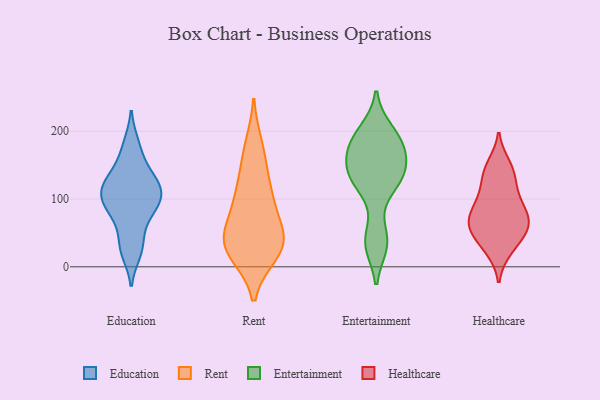
{"axis": {"x": "Conversion Rate (%)", "y": "Value"}, "legend": ["Education", "Entertainment", "Healthcare", "Rent"], "data": [{"x": "", "y": 123, "type": "Education"}, {"x": "", "y": 65, "type": "Education"}, {"x": "", "y": 182, "type": "Education"}, {"x": "", "y": 123, "type": "Education"}, {"x": "", "y": 105, "type": "Education"}, {"x": "", "y": 127, "type": "Education"}, {"x": "", "y": 97, "type": "Education"}, {"x": "", "y": 154, "type": "Education"}, {"x": "", "y": 20, "type": "Education"}, {"x": "", "y": 96, "type": "Education"}, {"x": "", "y": 33, "type": "Education"}, {"x": "", "y": 85, "type": "Education"}, {"x": "", "y": 20, "type": "Rent"}, {"x": "", "y": 57, "type": "Rent"}, {"x": "", "y": 51, "type": "Rent"}, {"x": "", "y": 98, "type": "Rent"}, {"x": "", "y": 103, "type": "Rent"}, {"x": "", "y": 158, "type": "Rent"}, {"x": "", "y": 32, "type": "Rent"}, {"x": "", "y": 113, "type": "Rent"}, {"x": "", "y": 178, "type": "Rent"}, {"x": "", "y": 33, "type": "Rent"}, {"x": "", "y": 37, "type": "Rent"}, {"x": "", "y": 22, "type": "Rent"}, {"x": "", "y": 33, "type": "Entertainment"}, {"x": "", "y": 130, "type": "Entertainment"}, {"x": "", "y": 200, "type": "Entertainment"}, {"x": "", "y": 40, "type": "Entertainment"}, {"x": "", "y": 179, "type": "Entertainment"}, {"x": "", "y": 140, "type": "Entertainment"}, {"x": "", "y": 186, "type": "Entertainment"}, {"x": "", "y": 169, "type": "Entertainment"}, {"x": "", "y": 120, "type": "Entertainment"}, {"x": "", "y": 143, "type": "Entertainment"}, {"x": "", "y": 55, "type": "Healthcare"}, {"x": "", "y": 83, "type": "Healthcare"}, {"x": "", "y": 87, "type": "Healthcare"}, {"x": "", "y": 27, "type": "Healthcare"}, {"x": "", "y": 55, "type": "Healthcare"}, {"x": "", "y": 77, "type": "Healthcare"}, {"x": "", "y": 113, "type": "Healthcare"}, {"x": "", "y": 44, "type": "Healthcare"}, {"x": "", "y": 140, "type": "Healthcare"}, {"x": "", "y": 59, "type": "Healthcare"}, {"x": "", "y": 25, "type": "Healthcare"}, {"x": "", "y": 121, "type": "Healthcare"}, {"x": "", "y": 150, "type": "Healthcare"}, {"x": "", "y": 95, "type": "Healthcare"}, {"x": "", "y": 66, "type": "Healthcare"}, {"x": "", "y": 144, "type": "Healthcare"}, {"x": "", "y": 64, "type": "Healthcare"}]}